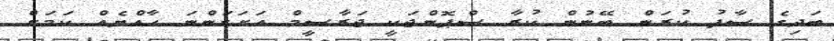
ބަދިގެ ސާފު ކުރަން ބޭނުން ކުރާ ސްޕޮންޖަކީ ޖަރާސީމް އަށަގަންނަ ހާއްޔެއް ކަމަށް